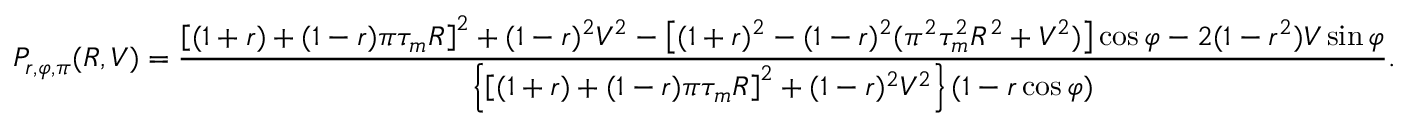
P _ { r , \varphi , \pi } ( R , V ) = \frac { \left[ ( 1 + r ) + ( 1 - r ) \pi \tau _ { m } R \right] ^ { 2 } + ( 1 - r ) ^ { 2 } V ^ { 2 } - \left[ ( 1 + r ) ^ { 2 } - ( 1 - r ) ^ { 2 } ( \pi ^ { 2 } \tau _ { m } ^ { 2 } R ^ { 2 } + V ^ { 2 } ) \right] \cos \varphi - 2 ( 1 - r ^ { 2 } ) V \sin \varphi } { \left\{ \left[ ( 1 + r ) + ( 1 - r ) \pi \tau _ { m } R \right] ^ { 2 } + ( 1 - r ) ^ { 2 } V ^ { 2 } \right\} ( 1 - r \cos \varphi ) } .